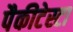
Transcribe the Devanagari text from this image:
पैकीटेस्टा